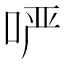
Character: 𫪂